Lunatic asylums Madras 1877-1891 - 1877-1891
Year: 1877
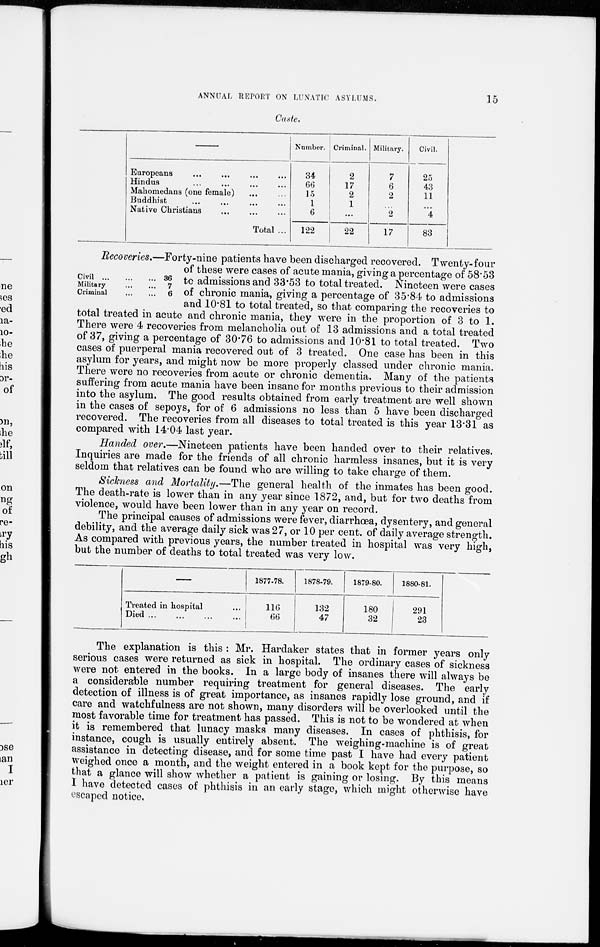
15
ANNUAL REPORT ON LUNATIC ASYLUMS.
Caste.
Europeans ... ... ... ...
Hindus ... ... ... ...
Mahomedans (one female) ... ...
Buddhist ... ... ... ...
Native Christians ... ... ...
Total ...
Number.
34
66
15
1
6
122
Criminal.
2
17
2
1
...
22
Military.
7
6
2
... 2
17
Civil.
25
43
11
... 4
83
Civil ... ... ...
Military ... ...
Criminal ... ...
36
7
6
Recoveries.—Forty-nine patients have been discharged recovered. Twenty-four
of these were cases of acute mania, giving a percentage of 58.53
to admissions and 33.53 to total treated. Nineteen were cases
of chronic mania, giving a percentage of 35.84 to admissions
and 10.81 to total treated, so that comparing the recoveries to
total treated in acute and chronic mania, they were in the proportion of 3 to 1.
There were 4 recoveries from melancholia out of 13 admissions and a total treated
of 37, giving a percentage of 30.76 to admissions and 10.81 to total treated. Two
cases of puerperal mania recovered out of 3 treated. One case has been in this
asylum for years, and might now be more properly classed under chronic mania.
There were no recoveries from acute or chronic dementia. Many of the patients
suffering from acute mania have been insane for months previous to their admission
into the asylum. The good results obtained from early treatment are well shown
in the cases of sepoys, for of 6 admissions no less than 5 have been discharged
recovered. The recoveries from all diseases to total treated is this year 13.31 as
compared with 14.04 last year.
Handed over.—Nineteen patients have been handed over to their relatives.
Inquiries are made for the friends of all chronic harmless insanes, but it is very
seldom that relatives can be found who are willing to take charge of them.
Sickness and Mortality.—The general health of the inmates has been good.
The death-rate is lower than in any year since 1872, and, but for two deaths from
violence, would have been lower than in any year on record.
The principal causes of admissions were fever, diarrhoea, dysentery, and general
debility, and the average daily sick was 27, or 10 per cent. of daily average strength.
As compared with previous years, the number treated in hospital was very high,
but the number of deaths to total treated was very low.
Treated in hospital ...
Died
...
...
...
...
1877-78.
116
66
1878-79.
132
47
1879-80.
180
32
1880-81.
291
23
The explanation is this : Mr. Hardaker states that in former years only
serious cases were returned as sick in hospital. The ordinary cases of sickness
were not entered in the books. In a large body of insanes there will always be
a considerable number requiring treatment for general diseases. The early
detection of illness is of great importance, as insanes rapidly lose ground, and if
care and watchfulness are not shown, many disorders will be overlooked until the
most favorable time for treatment has passed. This is not to be wondered at when
it is remembered that lunacy masks many diseases. In cases of phthisis, for
instance, cough is usually entirely absent. The weighing-machine is of great
assistance in detecting disease, and for some time past I have had every patient
weighed once a month, and the weight entered in a book kept for the purpose, so
that a glance will show whether a patient is gaining or losing. By this means
I have detected cases of phthisis in an early stage, which might otherwise have
escaped notice.